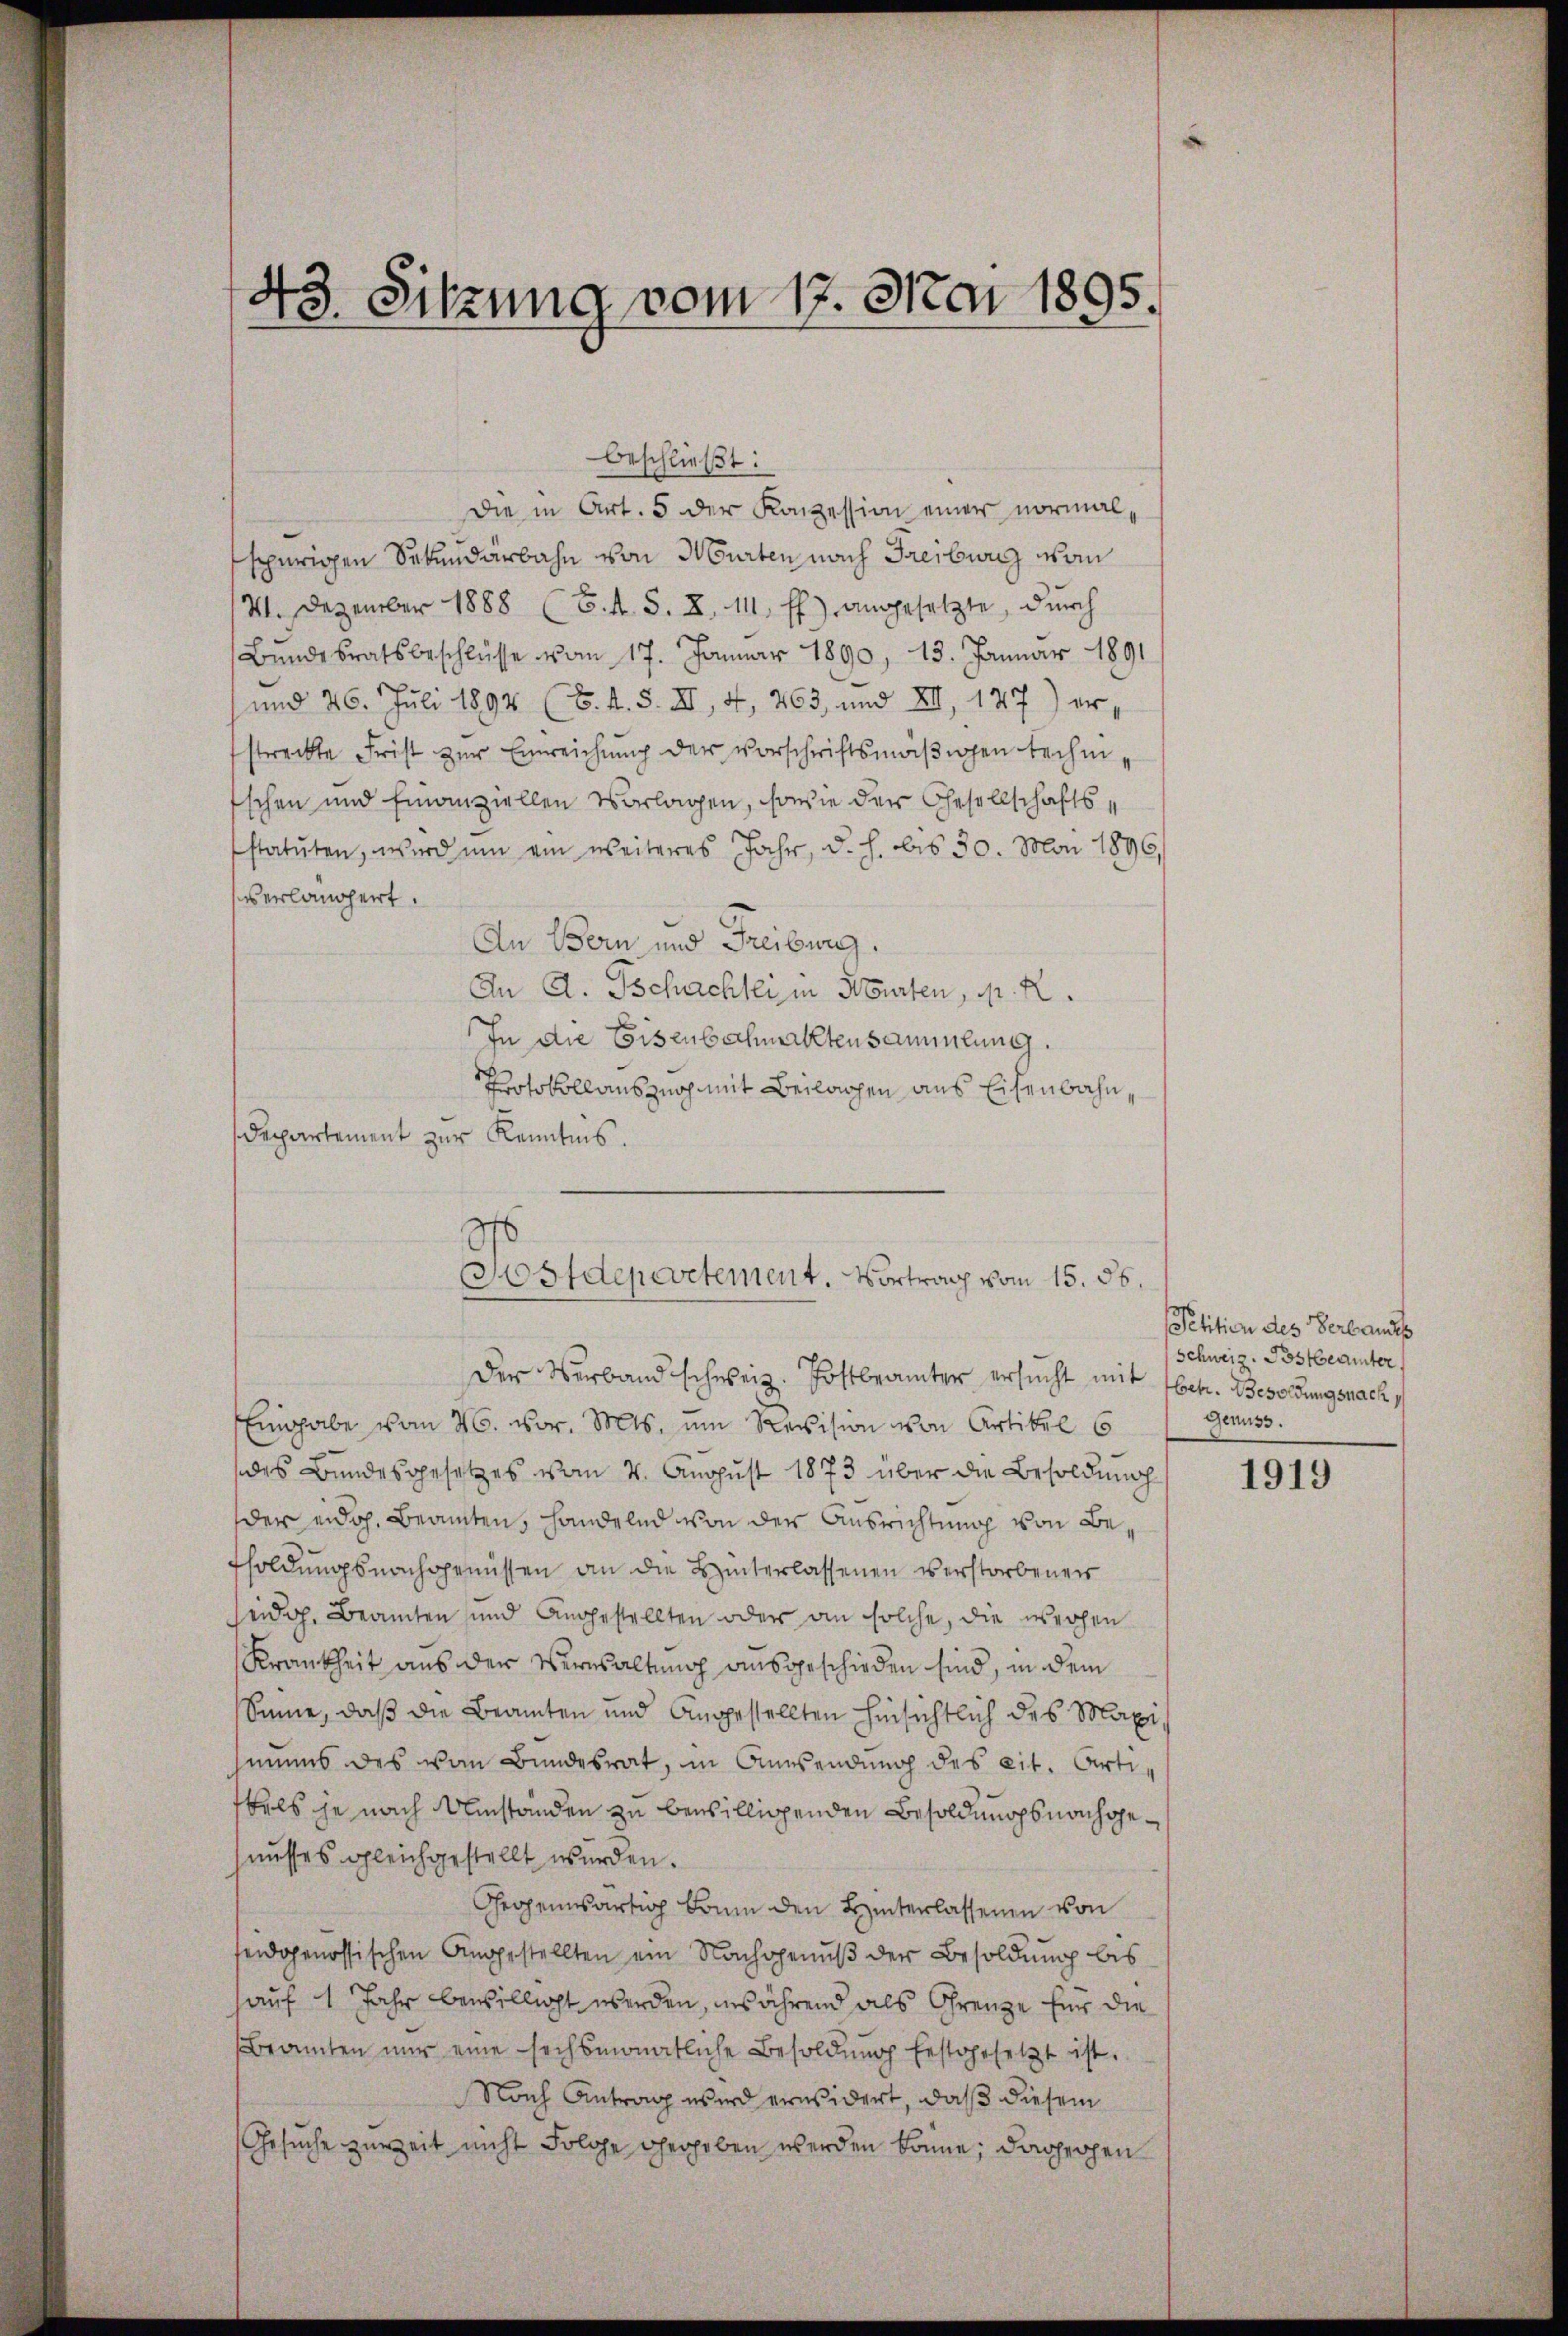
43. Sitzung vom 17. Mai 1895.

beschließt:
Die in Art. 5 der Konzession einer vormalspurigen Sekundärbahn von Murten nach Freiburg vom
41. Dezember 1888 (6. f. S. X. 14 ff.) angesetzte, durch
Bundesratsbeschlüsse vom 17. Januar 1890, 13. Januar 1891
und 26. Juli 1894 (B. A. S. XI, 4, 263, und XII, 127) erstreckte Frist zur Einreichung der vorschriftsmäßigen techni¬
Eschen und Emanziellen Vorlagen, sowie der Gesellschaftsstatuten, wird ŭm ein weiteres Jahr, d. h. bis 30. Mai 1896,
verlangert.
An Bern und Freiburg.
An A. Tschachtei in Beurten, m. R.
In die Eisenbahnaktensammlung.
Protokollauszug mit Beilagen aus Eisenbahn¬
Departement zur Kenntnis.
Eingabe vom 26. vor. Mts. um Revision von Artikel 6
des Bundesgesetzes vom 4. August 1873 über die Besoldung
der eidg. Beamten, handelnd von der Ausrichtung von Befsoldungsnachgenüssen an die Hinterlassenen verstorbener
seidg. Beamten und Angestellten oder an solche, die weihen
Krankheit aus der Verwaltung ausgeschieden sind, in dem
Sinne, daß die Beamten und Angestellten hinsichtlich des Maxi,
miens des von Bundesrat, in Anwendung des cit. Artibels je nach Umständen zu bewilligenden Besoldungs nachgenusses gleichgestellt wurden.
Gegenwärtig kaum den Hinterlassenen von
eidgenössischen Angestellten ein Nachgenuß der Besoldung bis
auf 1 Jahr bewilligt werden, insährend als Grenze für die
Beamten nŭr eine sechsmonatliche Besoldŭng festgesetzt ist.
Nach Antrag wird erwidert, daß diesem
Gesuche zuweit nicht Folge gerhoben werden könne; dagegen

h
ofdepertement. Vortrag vom 15. 56.
Der Verband schweiz. Postbrämter ersucht mit betr. Besoldungsnach

Petition des Verlandes
Schweiz. Postbeamter
Genuss.

1919